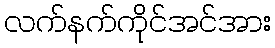
လက်နက်ကိုင်အင်အား